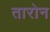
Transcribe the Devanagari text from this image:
तारोन